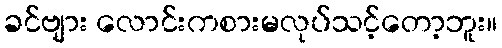
ခင်ဗျား လောင်းကစားမလုပ်သင့်တော့ဘူး။